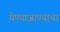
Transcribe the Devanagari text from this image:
येण्याजाण्याचा